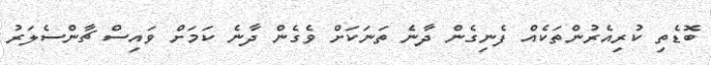
ބޮޑެތި ކުރިއެރުންތަކެއް ފެނިގެން ދާނެ ތަނަކަށް ވެގެން ދާނެ ކަމަށް ވައިސް ޗާންސެލަރު